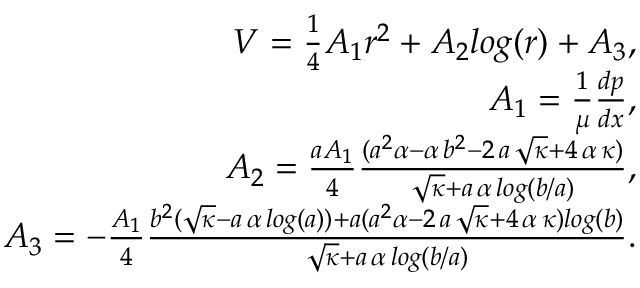
\begin{array} { r } { V = \frac { 1 } { 4 } A _ { 1 } r ^ { 2 } + A _ { 2 } l o g ( r ) + A _ { 3 } , } \\ { A _ { 1 } = \frac { 1 } { \mu } \frac { d p } { d x } , } \\ { A _ { 2 } = \frac { a A _ { 1 } } { 4 } \frac { ( a ^ { 2 } \alpha - \alpha \, b ^ { 2 } - 2 \, a \, \sqrt { \kappa } + 4 \, \alpha \, \kappa ) } { \sqrt { \kappa } + a \, \alpha \, l o g ( b / a ) } , } \\ { A _ { 3 } = - \frac { A _ { 1 } } { 4 } \frac { b ^ { 2 } ( \sqrt { \kappa } - a \, \alpha \, l o g ( a ) ) + a ( a ^ { 2 } \alpha - 2 \, a \, \sqrt { \kappa } + 4 \, \alpha \, \kappa ) l o g ( b ) } { \sqrt { \kappa } + a \, \alpha \, l o g ( b / a ) } . } \end{array}